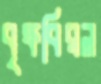
বৃক্ষবিরল